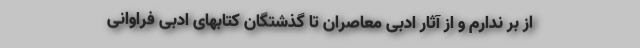
از بر ندارم و از آثار ادبی معاصران تا گذشتگان کتابهای ادبی فراوانی